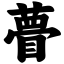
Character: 瞢